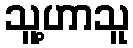
သူ့ဟာသူ